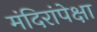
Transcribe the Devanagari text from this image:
मंदिरांपेक्षा